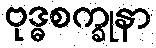
ဗုဒ္ဓစက္ခုနာ